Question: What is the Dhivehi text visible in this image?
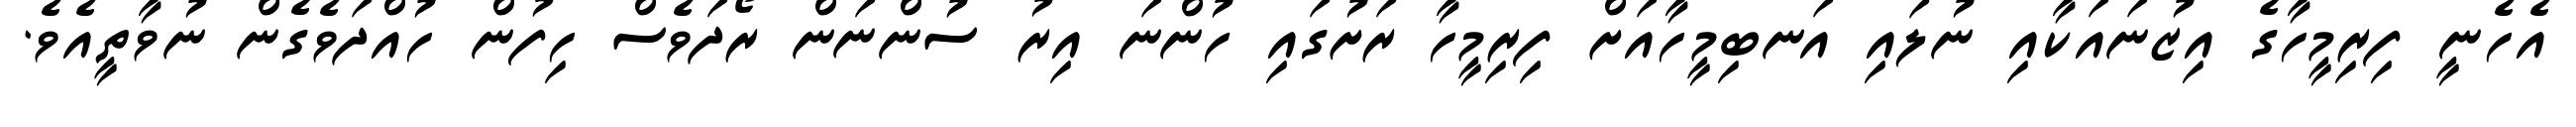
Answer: އެހެނީ ފިރިމީހާގެ އިޒުނައަކާއި ނުލައި އަނބިމީހާއަށް ފިރިމީހާ ރަށުގައި ހުންނަ އިރު ސުންނަން ރޯދަވެސް ހިފުން ހުއްދަވެގެން ނުވާތީއެވެ.